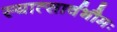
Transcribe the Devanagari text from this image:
स्यात्सार्वभौमः